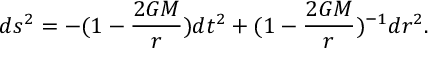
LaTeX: d s ^ { 2 } = - ( 1 - \frac { 2 G M } { r } ) d t ^ { 2 } + ( 1 - \frac { 2 G M } { r } ) ^ { - 1 } d r ^ { 2 } .